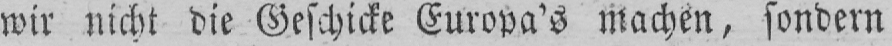
wir nicht die Geschicke Europa’s Machen, sondern